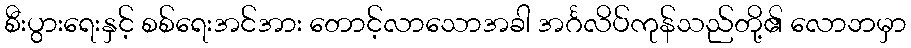
စီးပွားရေးနှင့် စစ်ရေးအင်အား တောင့်လာသောအခါ အင်္ဂလိပ်ကုန်သည်တို့၏ လောဘမှာ